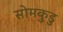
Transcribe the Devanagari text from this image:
सोमकुडु